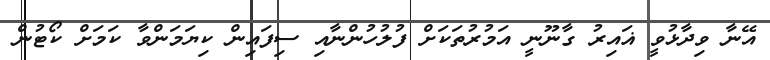
އޭނާ ވިދާޅުވީ ޣައިރު ގާނޫނީ އަމުރުތަކަށް ފުލުހުންނާއި ސިފައިން ކިޔަމަންވާ ކަމަށް ކޯޓުން